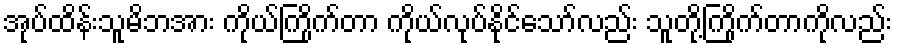
အုပ်ထိန်းသူမိဘအား ကိုယ်ကြိုက်တာ ကိုယ်လုပ်နိုင်သော်လည်း သူတို့ကြိုက်တာကိုလည်း